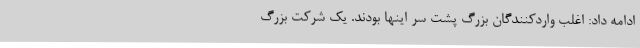
ادامه داد: اغلب واردکنندگان بزرگ پشت سر اینها بودند. یک شرکت بزرگ